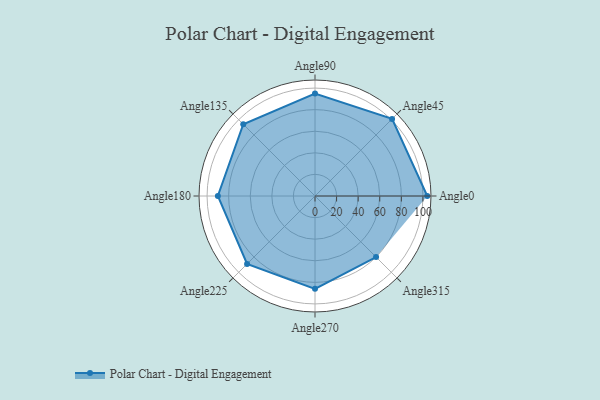
{"axis": {"x": "Angle", "y": "Radius"}, "legend": [""], "data": [{"x": "Angle0", "y": 104.0, "type": ""}, {"x": "Angle45", "y": 101.0, "type": ""}, {"x": "Angle90", "y": 95.0, "type": ""}, {"x": "Angle135", "y": 94.0, "type": ""}, {"x": "Angle180", "y": 90.0, "type": ""}, {"x": "Angle225", "y": 89.0, "type": ""}, {"x": "Angle270", "y": 86.0, "type": ""}, {"x": "Angle315", "y": 80.0, "type": ""}]}